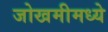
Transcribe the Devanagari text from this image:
जोखमीमध्ये